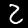
Label: 2